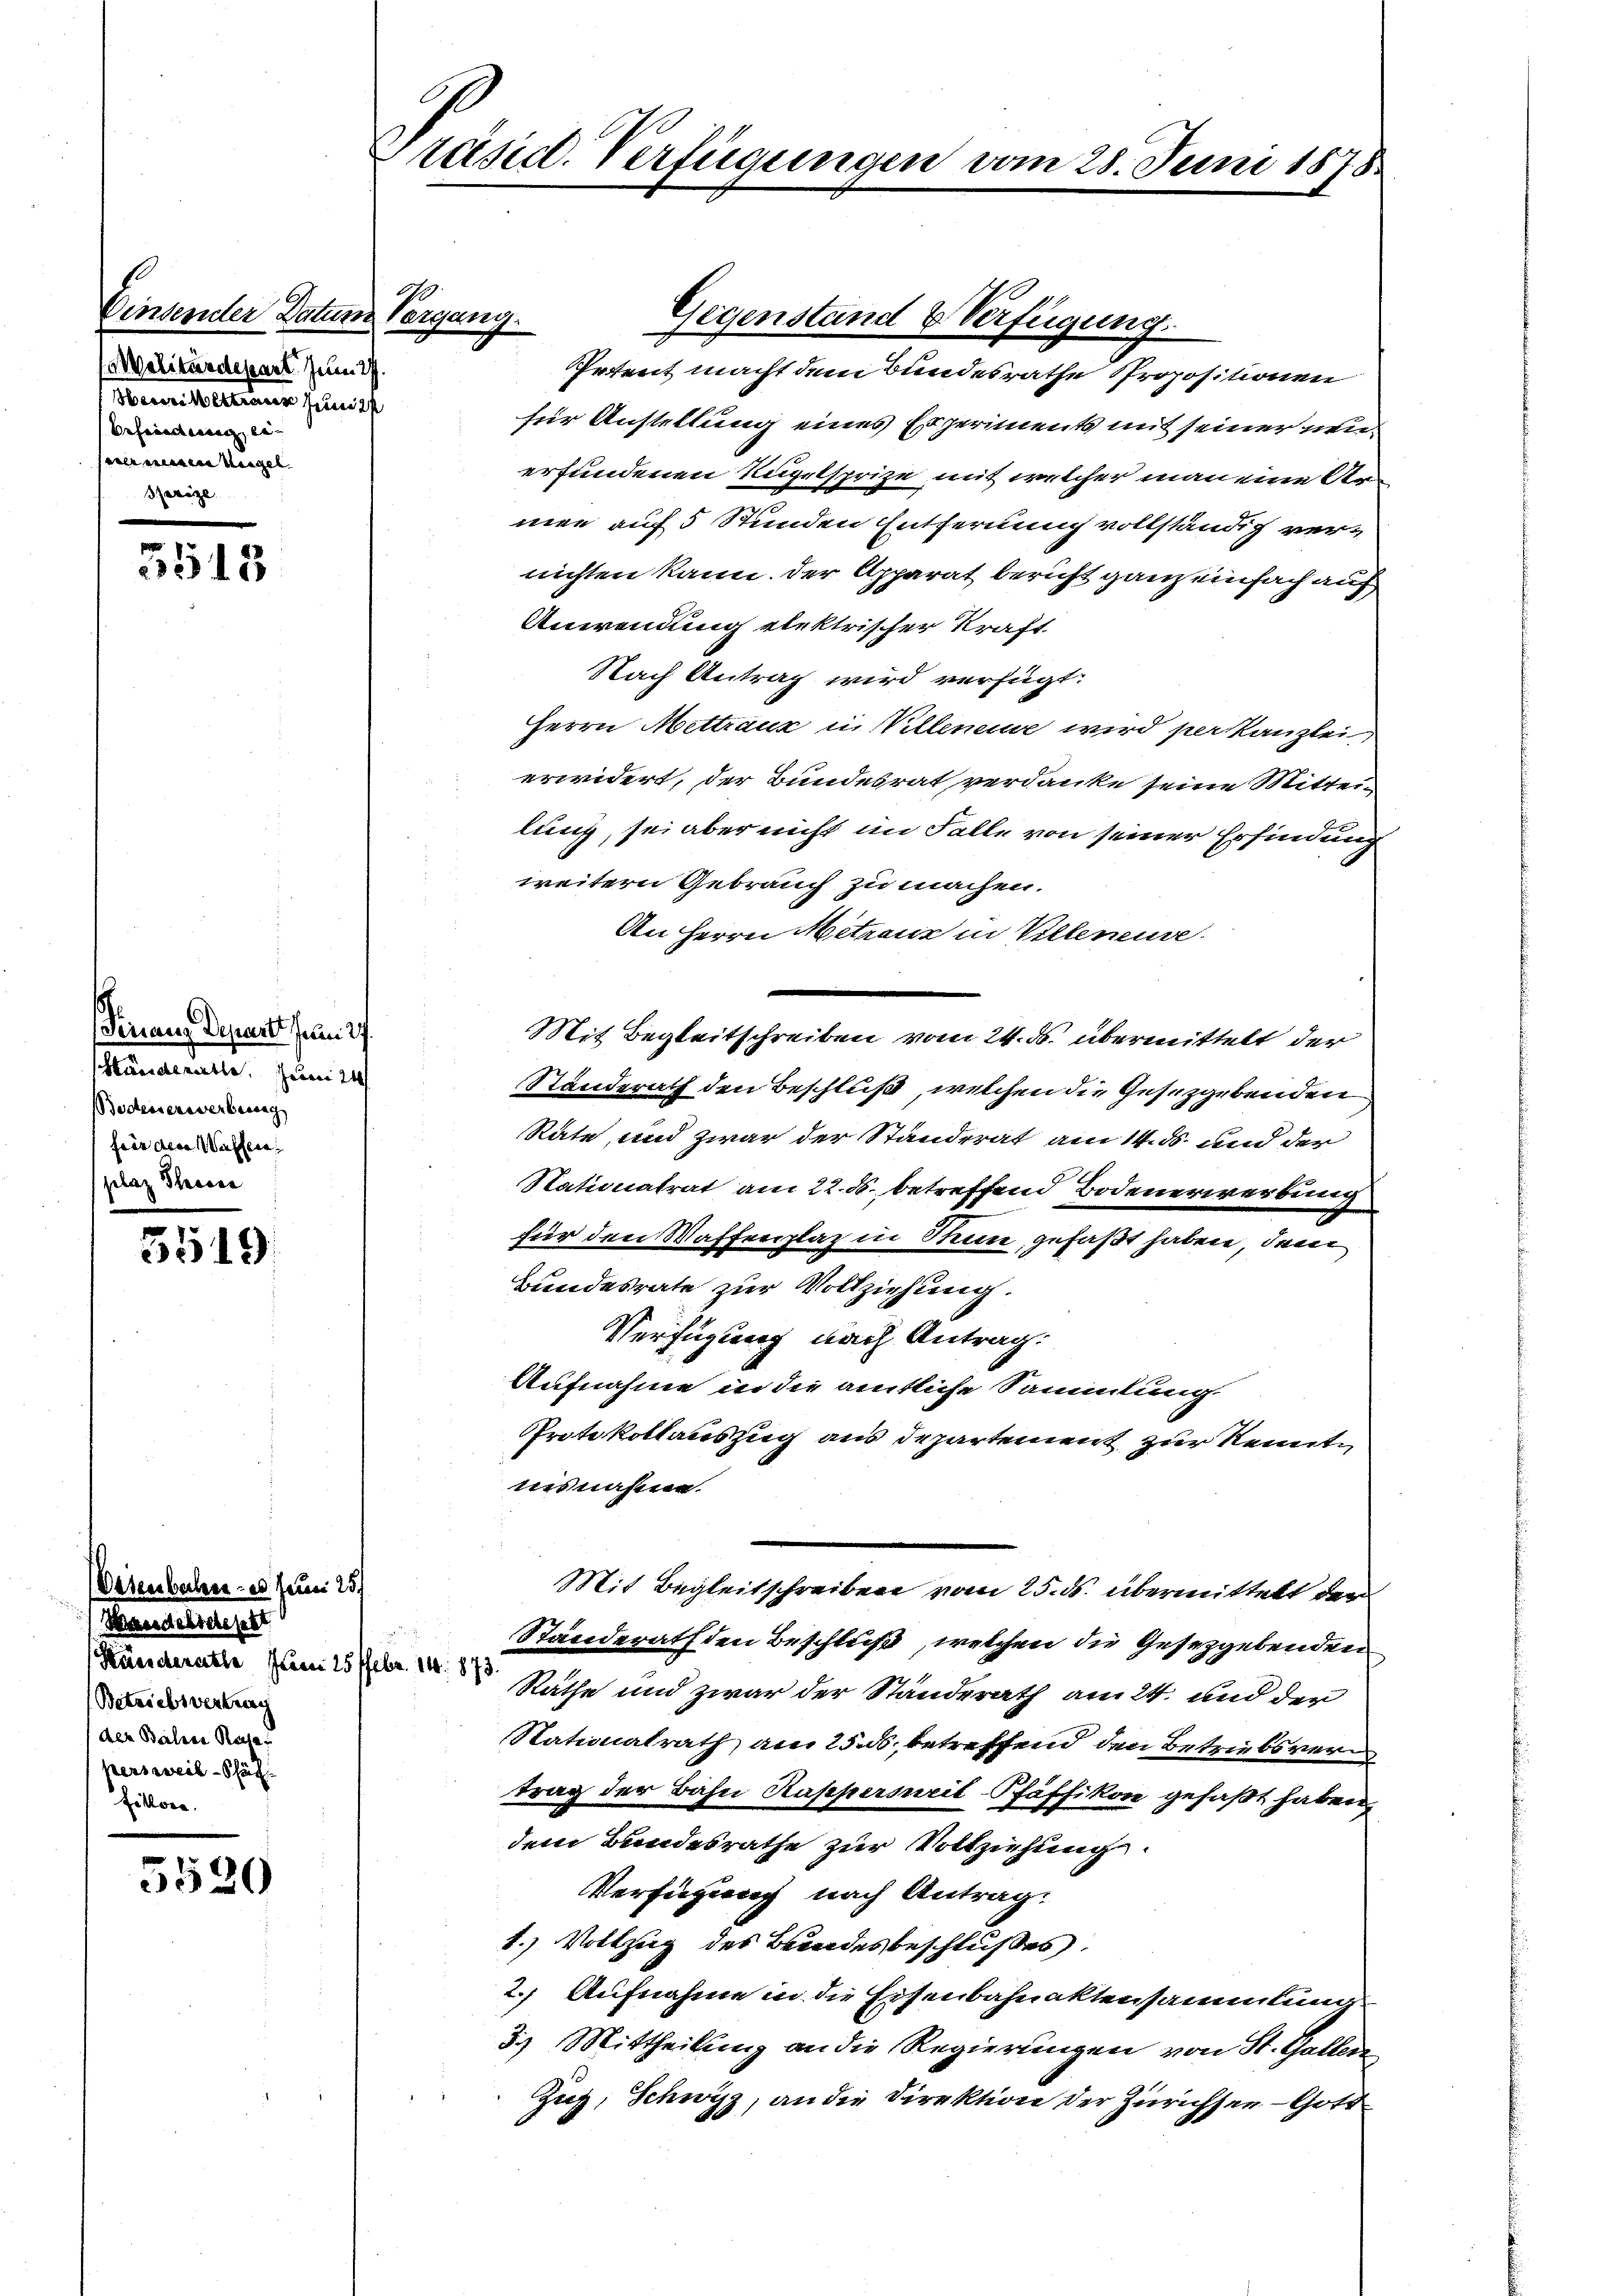
Einsender Datum Vergang.
alitärdepart. Jun
Meier Vertreten Juni 1
Erfriederung, be- |
eele einen Hügel
Bezöze.

3513

(Finanz Depart um 27.
Händerette. Zum 24
Bedenerwerbenac
für den Wassen,

5519.

5520

Veienbahre es Juni 25/
Mansachtessert
(Betriebsvertrag
den Bielene Rege
persweil - Schät
Fillone

Präsid. Verfügungen vom 28. Juni 1875

für Anstellung eines Experiments mit seiner neuerfundenen Kugelsprize mit welcher man eine An-
men auf 5 Stunden Entfernung vollständig ver-
nichten kann. Der Apparat bericht ganz einfach auf
Anwendung elektrischer Kraft.
Nach Antrag wird verfügt:
Herrn Mettraux in Villenene wird perkanzlei
erwidert, der Bundesrat verdanke seine Mittei
lung, sei aber nicht im Falle von seiner Erfindung
weitern Gebrauch zu machen.
An Herrn Metraus in Villeneuve
Mit Begleitschreiben vom 24. ds. übermittelt der
Standerath den Beschluß, welchen die Gesetzgebenden
Räte, und zwar der Ständerat am 14. ds. und der
Nationalrat am 22. ds. betreffend Bodenerwerbung
für den Waffenplaz in Stein, gefaßt haben, dem
Bundesrate zur Vollziehung.
Verfügung nach Antrag.
Aufnahme in die amtliche Sammlung.
Protokollauszug aus Departement zur Kenntn
nisnahme.
Mit Begleitschreiben vom 25. ds. übermittelt der
Standerath den Beschluß, welchen die Gesetzgebenden
n um 1 Russe und zwar der Standerath am 24. und der
Stationalrath am 25.6. betreffend den Betriebsverm
trag der Bahn Kapperseit-Pfäffikon gefaßt haben,
dem Bundesrathe zur Vollziehung.
Verfügung nach Antrag.
1.) Vollzug des Bundesbeschlußes.
2. Aufnahme in die Eisenbahnaktensammlung
3.) Mittheilung an die Regierungen von St. Gallen
Zug, Schwyz, an die Direktion der Zürichsen – Gott

Gegenstand & Verfügung.
Irrent macht dem Bundesrathe Propositionen